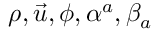
\rho , \vec { u } , \phi , \alpha ^ { a } , \beta _ { a }